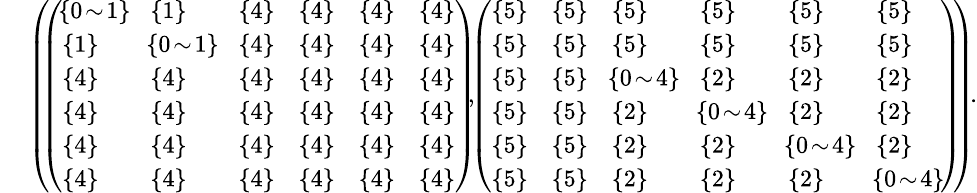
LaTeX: \begin{array}{rl}&{\small{\left(\! \! \left(\begin{array}{llllll}{\! \{ 0\! \sim\! 1\} \! }&{\{ 1\} }&{\{ 4\} }&{\{ 4\} }&{\{ 4\} }&{\{ 4\} }\\ {\{ 1\} }&{\! \{ 0\! \sim\! 1\} \! }&{\{ 4\} }&{\{ 4\} }&{\{ 4\} }&{\{ 4\} }\\ {\{ 4\} }&{\{ 4\} }&{\{ 4\} }&{\{ 4\} }&{\{ 4\} }&{\{ 4\} }\\ {\{ 4\} }&{\{ 4\} }&{\{ 4\} }&{\{ 4\} }&{\{ 4\} }&{\{ 4\} }\\ {\{ 4\} }&{\{ 4\} }&{\{ 4\} }&{\{ 4\} }&{\{ 4\} }&{\{ 4\} }\\ {\{ 4\} }&{\{ 4\} }&{\{ 4\} }&{\{ 4\} }&{\{ 4\} }&{\{ 4\} }\end{array}\right)\! \! ,\! \! \left(\begin{array}{llllll}{\{ 5\} }&{\{ 5\} }&{\{ 5\} }&{\{ 5\} }&{\{ 5\} }&{\{ 5\} }\\ {\{ 5\} }&{\{ 5\} }&{\{ 5\} }&{\{ 5\} }&{\{ 5\} }&{\{ 5\} }\\ {\{ 5\} }&{\{ 5\} }&{\! \{ 0\! \sim\! 4\} \! }&{\{ 2\} }&{\{ 2\} }&{\{ 2\} }\\ {\{ 5\} }&{\{ 5\} }&{\{ 2\} }&{\! \{ 0\! \sim\! 4\} \! }&{\{ 2\} }&{\{ 2\} }\\ {\{ 5\} }&{\{ 5\} }&{\{ 2\} }&{\{ 2\} }&{\! \{ 0\! \sim\! 4\} \! }&{\{ 2\} }\\ {\{ 5\} }&{\{ 5\} }&{\{ 2\} }&{\{ 2\} }&{\{ 2\} }&{\! \{ 0\! \sim\! 4\} \! }\end{array}\right)\! \! \right)\! .}}\end{array}